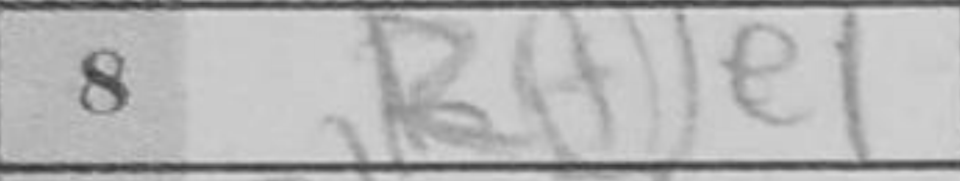
Transcription: Rfe1